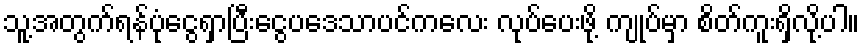
သူ့အတွက်ရန်ပုံငွေရှာပြီးငွေပဒေသာပင်ကလေး လုပ်ပေးဖို့ ကျုပ်မှာ စိတ်ကူးရှိလို့ပါ။